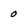
Character: 0